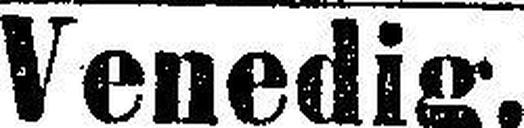
Venedig.